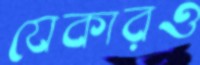
যেকারও